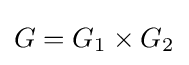
G=G_{1}\times G_{2}